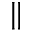
\parallel